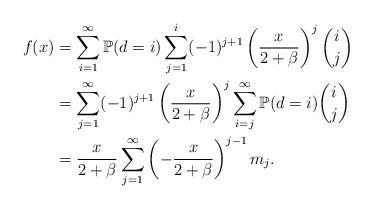
LaTeX: \begin{align*} \begin{aligned}f(x)&=\sum_{i=1}^{\infty}\mathbb{P}(d=i)\sum_{j=1}^{i}(-1)^{j+1}\left(\frac{x}{2+\beta}\right)^{j}{i \choose j}\\&=\sum_{j=1}^{\infty}(-1)^{j+1}\left(\frac{x}{2+\beta}\right)^{j}\sum_{i=j}^{\infty}\mathbb{P}(d=i){i \choose j}\\&=\frac{x}{2+\beta}\sum_{j=1}^{\infty}\left(-\frac{x}{2+\beta}\right)^{j-1}m_j.\end{aligned}\end{align*}